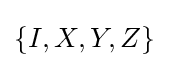
\left\{I,X,Y,Z\right\}